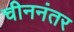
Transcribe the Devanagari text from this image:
चीननंतर